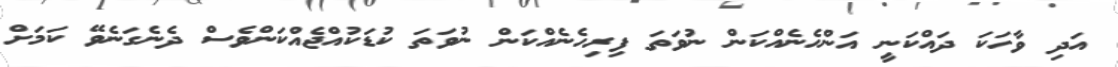
އަދި ވާހަކަ ދައްކަނީ އަންހެނެއްކަން ނުވަތަ ފިރިހެނެއްކަން ނުވަތަ ކުޑަކުއްޖެއްކަންވެސް ދެނެގަނެވޭ ކަމަށް